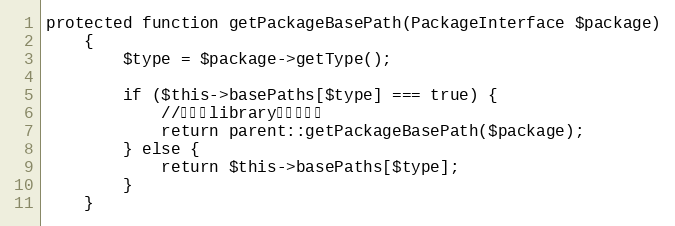
Language: PHP
protected function getPackageBasePath(PackageInterface $package)
    {
        $type = $package->getType();

        if ($this->basePaths[$type] === true) {
            //默认为library类型的路径
            return parent::getPackageBasePath($package);
        } else {
            return $this->basePaths[$type];
        }
    }